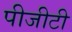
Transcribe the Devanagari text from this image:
पीजीटी